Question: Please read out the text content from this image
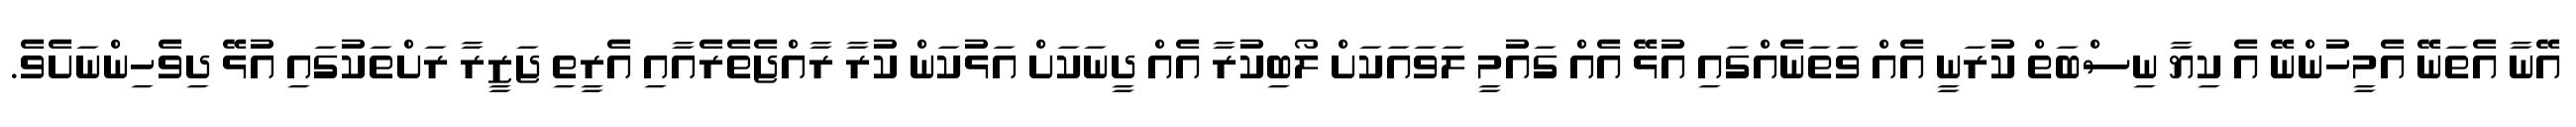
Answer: އޭނާ އެތަނޭ އެމީހުންނޭ އެ ކިޔާ ނިސްބަތް ކުރަނީ އެއް ވަތަނެއްގައި އުޅޭ އެއް ގައުމީ ލަވައަކަށް ލޯބިކުރާ އެއް ދީނަކަށް އަޅުކަން ކުރާ ރާއްޖެތެރެއާއި އެރީތި ޖަޒީރާ ރަށްތަކުގައި އުޅޭ ދިވެހިންނަށެވެ.